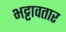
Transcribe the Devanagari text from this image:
भट्टावतार